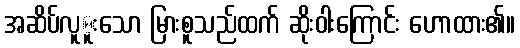
အဆိပ်လူူးသော မြားစူသည်ထက် ဆိုးဝါးကြောင်း ဟောထား၏။